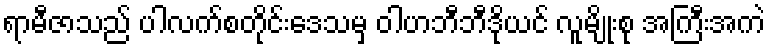
ရာမီဇာသည် ပါလက်စတိုင်းဒေသမှ ဝါဟဘီဘီဒိုယင် လူမျိုးစု အကြီးအကဲ